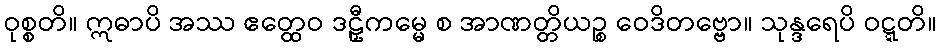
ဝုစ္စတိ။ ဣဓာပိ အဿ ဧတ္ထေဝ ဒဠှီကမ္မေ စ အာဏတ္တိယဉ္စ ဝေဒိတဗ္ဗော။ သုန္ဒရေပိ ဝဋ္ဋတိ။